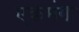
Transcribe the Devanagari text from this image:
एकमंगा